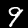
Label: 9